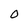
Character: O